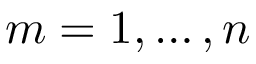
m = 1 , \ldots , n